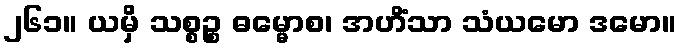
၂၆၁။ ယမှိ သစ္စဉ္စ ဓမ္မောစ၊ အဟိံသာ သံယမော ဒမော။